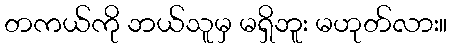
တကယ်ကို ဘယ်သူမှ မရှိဘူး မဟုတ်လား။